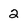
Character: 2